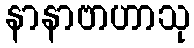
နာနာဗာဟာသု